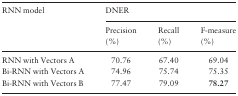
<table><thead><tr><td rowspan="2"><b>RNN model</b></td><td colspan="3"><b>DNER</b></td></tr><tr><td><b>Precision (%)</b></td><td><b>Recall (%)</b></td><td><b>F-measure (%)</b></td></tr></thead><tbody><tr><td>RNN with Vectors A</td><td>70.76</td><td>67.40</td><td>69.04</td></tr><tr><td>Bi-RNN with Vectors A</td><td>74.96</td><td>75.74</td><td>75.35</td></tr><tr><td>Bi-RNN with Vectors B</td><td>77.47</td><td>79.09</td><td><b>78.27</b></td></tr></tbody></table>